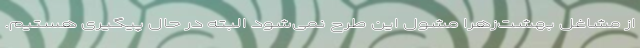
از مشاغل بهشت‌زهرا مشول این طرح نمی‌شود البته در حال پیگیری هستیم.